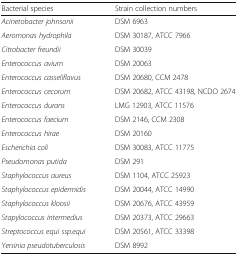
<table><thead><tr><td><b>Bacterial species</b></td><td><b>Strain collection numbers</b></td></tr></thead><tbody><tr><td><i>Acinetobacter johnsonii</i></td><td>DSM 6963</td></tr><tr><td><i>Aeromonas hydrophila</i></td><td>DSM 30187, ATCC 7966</td></tr><tr><td><i>Citrobacter freundii</i></td><td>DSM 30039</td></tr><tr><td><i>Enterococcus avium</i></td><td>DSM 20063</td></tr><tr><td><i>Enterococcus casseliflavus</i></td><td>DSM 20680, CCM 2478</td></tr><tr><td><i>Enterococcus cecorum</i></td><td>DSM 20682, ATCC 43198, NCDO 2674</td></tr><tr><td><i>Enterococcus durans</i></td><td>LMG 12903, ATCC 11576</td></tr><tr><td><i>Enterococcus faecium</i></td><td>DSM 2146, CCM 2308</td></tr><tr><td><i>Enterococcus hirae</i></td><td>DSM 20160</td></tr><tr><td><i>Escherichia coli</i></td><td>DSM 30083, ATCC 11775</td></tr><tr><td><i>Pseudomonas putida</i></td><td>DSM 291</td></tr><tr><td><i>Staphylococcus aureus</i></td><td>DSM 1104, ATCC 25923</td></tr><tr><td><i>Staphylococcus epidermidis</i></td><td>DSM 20044, ATCC 14990</td></tr><tr><td><i>Staphylococcus kloosii</i></td><td>DSM 20676, ATCC 43959</td></tr><tr><td><i>Stapylococcus intermedius</i></td><td>DSM 20373, ATCC 29663</td></tr><tr><td><i>Streptococcus equi ssp.equi</i></td><td>DSM 20561, ATCC 33398</td></tr><tr><td><i>Yersinia pseudotuberculosis</i></td><td>DSM 8992</td></tr></tbody></table>